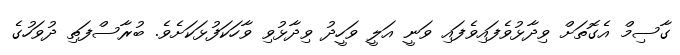
ގާސިމް އެގޮތަށް ވިދާޅުވެފައިވެފައި ވަނީ އަލީ ވަހީދު ވިދާޅުވި ވާހަކަފުޅަކަށެވެ. ބުރާސްފަތި ދުވަހުގެ